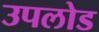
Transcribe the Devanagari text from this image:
उपलोड